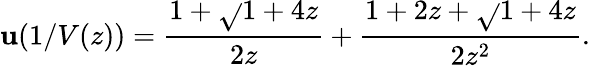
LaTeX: \mathbf{u}(1/V(z))={\frac{{1+{\sqrt{}{{1+4z}}}}}{{2z}}}+{\frac{{1+2z+{\sqrt{}{{1+4z}}}}}{{2z^{2}}}}.